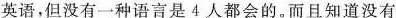
英语，但没有一种语言是4人都会的。而且知道没有